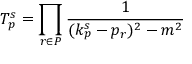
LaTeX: { \cal T } _ { p } ^ { s } = \prod _ { r \in P } \frac { 1 } { ( k _ { p } ^ { s } - p _ { r } ) ^ { 2 } - m ^ { 2 } }